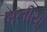
બનીયા